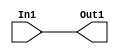
// -------------------------------------------------------------
// 
// 
// Generated by MATLAB 8.2 and HDL Coder 3.3
// 
// -------------------------------------------------------------


// -------------------------------------------------------------
// 
// Module: controllerHdl_Convert_Data_Type_block1
// Source Path: controllerHdl/Field_Oriented_Control/Open_Loop_Control/Sin_Cos/Convert_Data_Type
// Hierarchy Level: 5
// 
// -------------------------------------------------------------

`timescale 1 ns / 1 ns

module controllerHdl_Convert_Data_Type_block1
          (
           In1,
           Out1
          );


  input   signed [17:0] In1;  // sfix18_En14
  output  signed [17:0] Out1;  // sfix18_En14




  // <S34>/Data Type Conversion
  assign Out1 = In1;

endmodule  // controllerHdl_Convert_Data_Type_block1